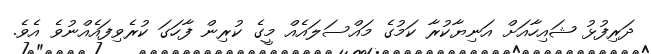
ދަރިފުޅު ޝައިހާއަށް އަނިޔާކުރާ ކަމުގެ މައްސަލައެއް މީގެ ކުރިން ފާހަގަ ކުރެވިފައެއްނުވެ އެވެ.